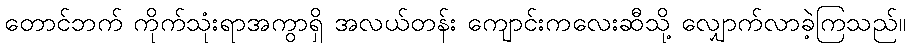
တောင်ဘက် ကိုက်သုံးရာအကွာရှိ အလယ်တန်း ကျောင်းကလေးဆီသို့ လျှောက်လာခဲ့ကြသည်။